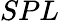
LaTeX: SPL